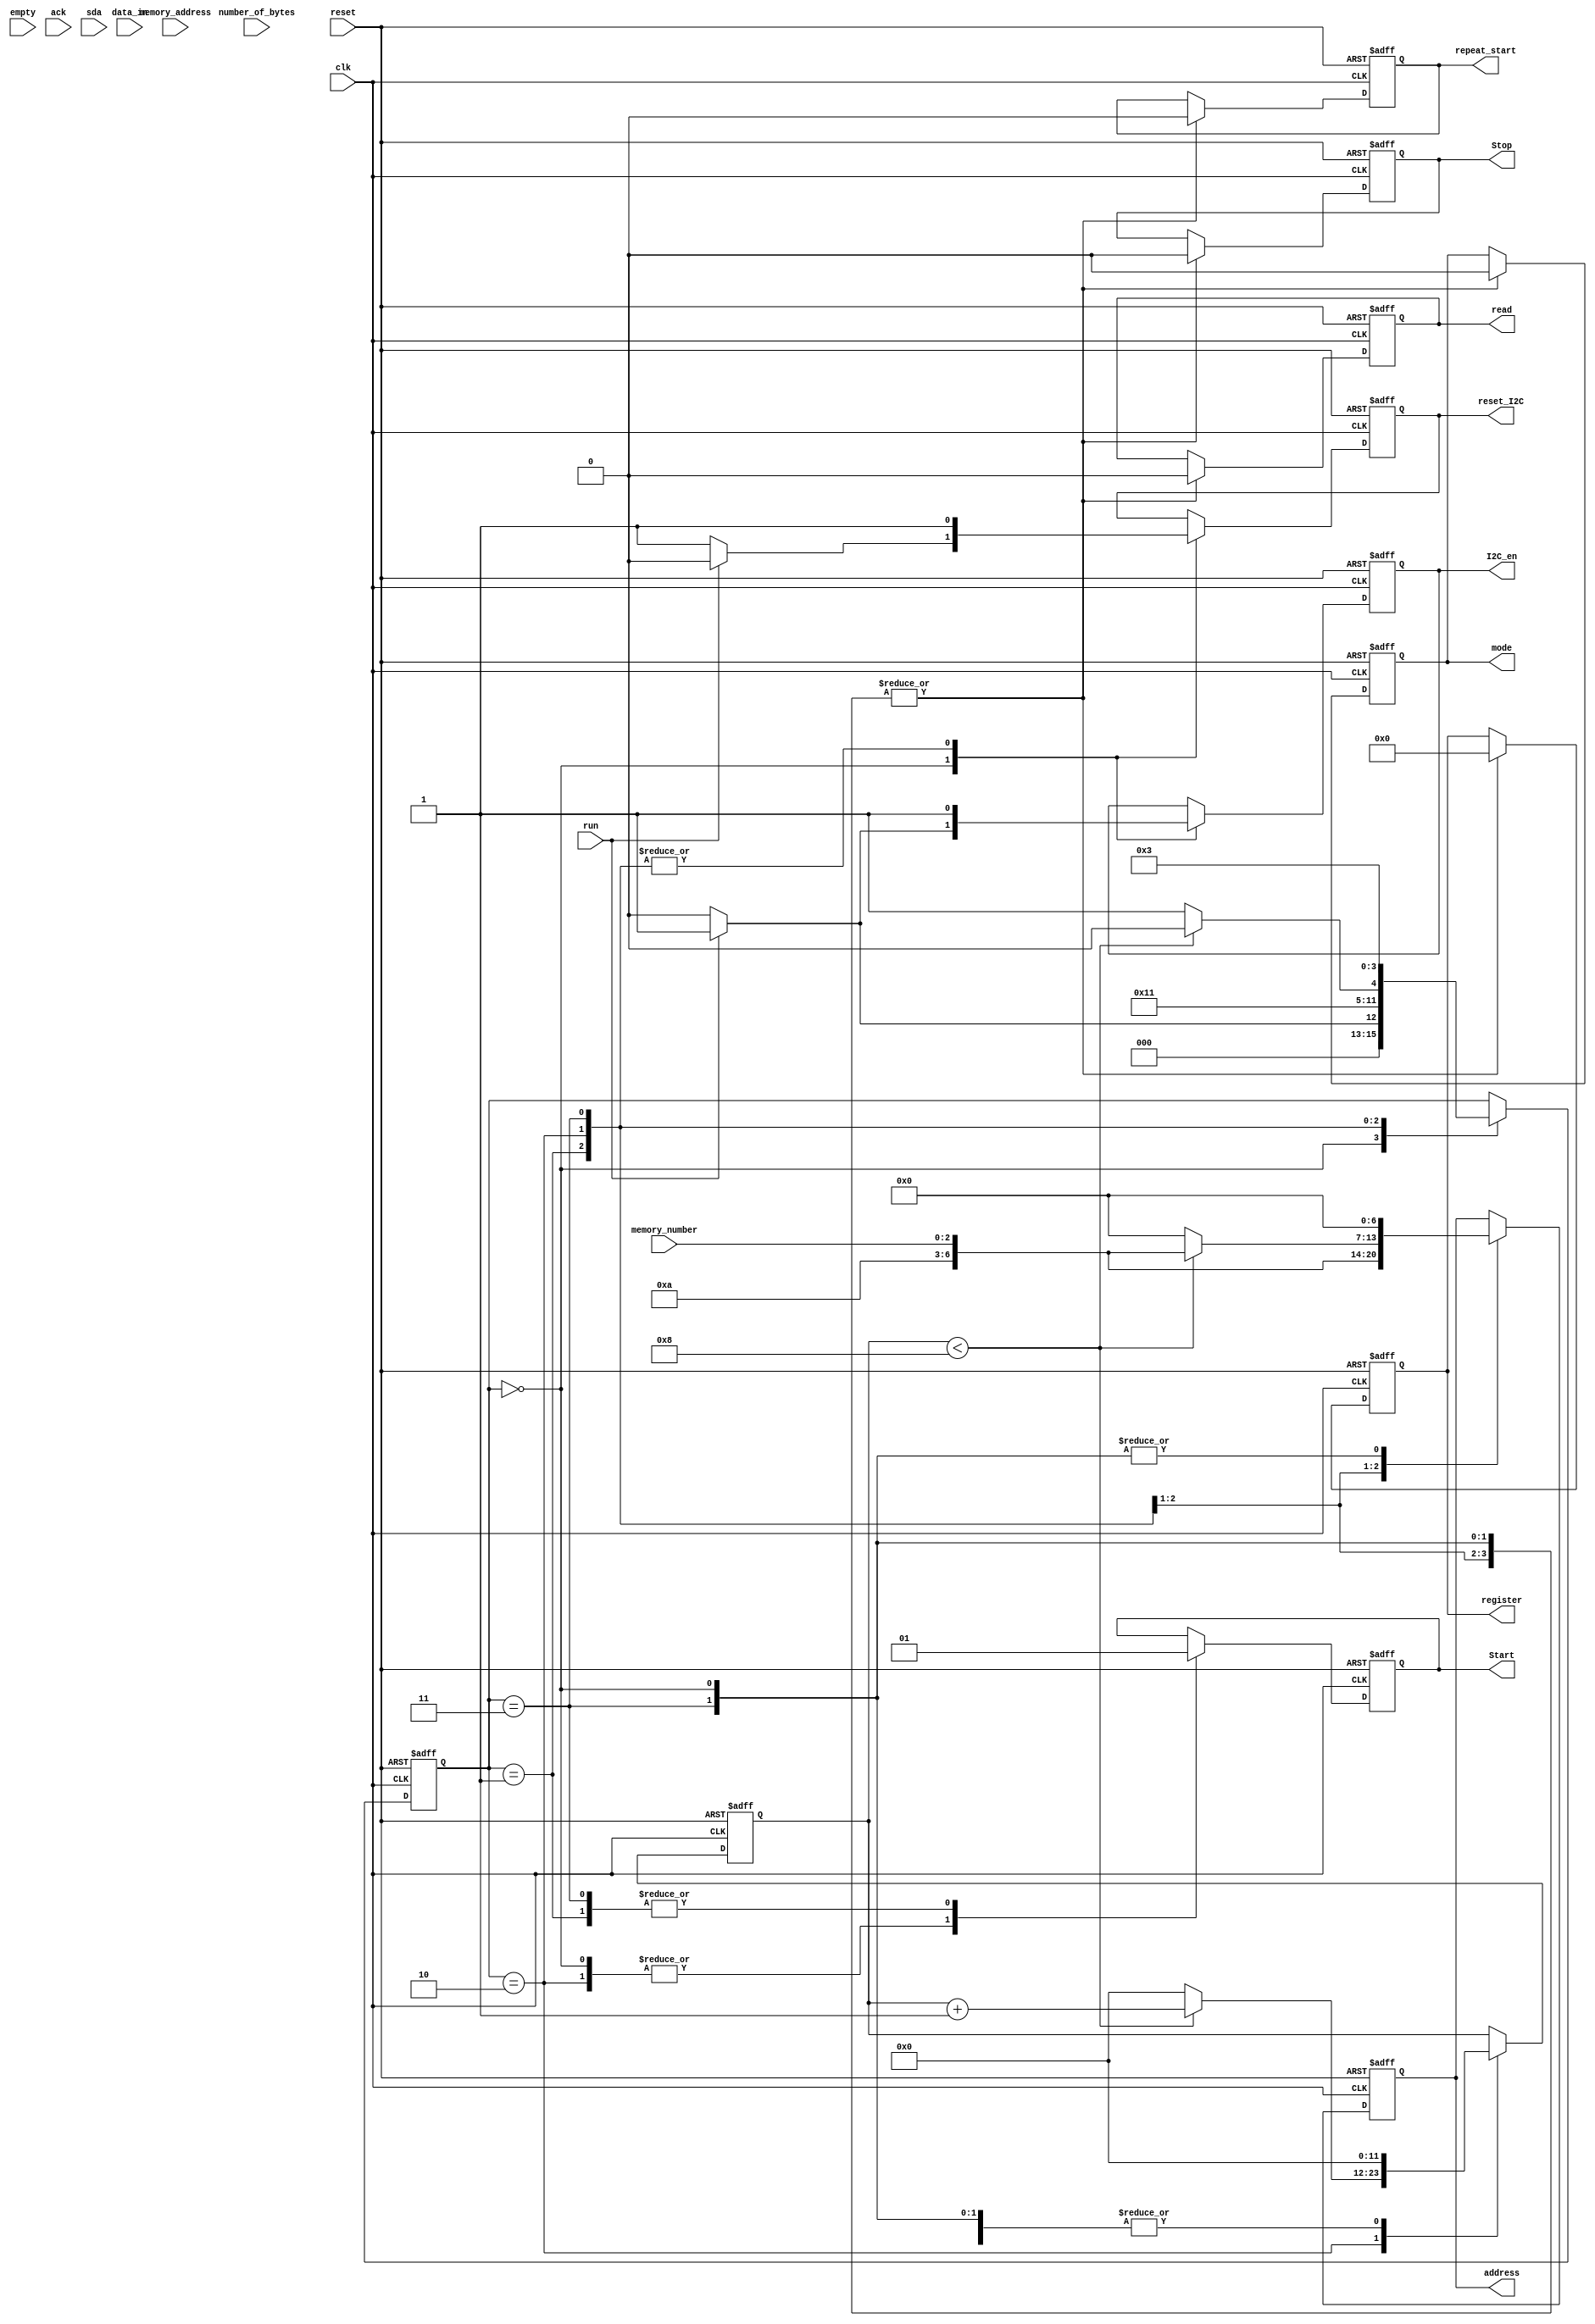
module I2C_write_to_memory(
  input wire clk,
  input wire reset,
  input wire run,
  input wire [11:0] number_of_bytes,
  input wire [14:0] memory_address,
  input wire [7:0] data_in,
  input wire empty,
  input wire ack,
  input wire [2:0] memory_number,
  output reg read,
  output reg [6:0] address,
  output reg [7:0] register,
  output reg mode,
  output reg I2C_en,
  output reg reset_I2C,
  output reg Start,
  output reg Stop,
  output reg repeat_start,
  input wire sda
  );

  reg [3:0] state;
  reg [11:0] counter;


  always@(posedge clk or negedge reset)
    begin
      if( !reset )
        begin
          state <= 0;
          read <= 0;
          address <= 7'b0;
          register <= 8'b0;
          mode <= 0;
          I2C_en <= 0;
          reset_I2C <= 0;
          Start <= 0;
          Stop <= 0;
          repeat_start <= 0;
          counter <= 0;
        end
      else
        begin 
          case( state )
            0:                              // initial state  
              begin
                if( run )                   // if run is not enabled
                  begin
                    state <= 1;
                    read <= 0;
                    address <= 7'b0;
                    register <= 8'b0;
                    mode <= 0;
                    I2C_en <= 1;            // Enable the I2C module
                    reset_I2C <= 0;         // reset the I2C module
                    Start <= 0;
                    Stop <= 0;
                    repeat_start <= 0;
                    counter <= 0;
                end
                else                      
                  begin
                    state <= 0;
                    read <= 0;
                    address <= 7'b0;
                    register <= 8'b0;
                    mode <= 0;
                    I2C_en <= 0;
                    reset_I2C <= 1;
                    Start <= 0;
                    Stop <= 0;
                    repeat_start <= 0;
                    counter <= 0;
                 end
              end
            1: 
              begin
                state <= 2;
                read <= 0;
                address <= {4'b1010, memory_number};  // set memory address;
                register <= 8'b0;
                mode <= 0;
                I2C_en <= 1;
                reset_I2C <= 1;               // Done with I2c reset
                Start <= 1;                   // Start the I2C module 
                Stop <= 0;
                repeat_start <= 0;
                counter <= 0;
              end
             2:
              begin
                if(counter < 8)
                  begin
                    state <= 2;
                    read <= 0;
                    address <= {4'b1010, memory_number};  // set memory address;
                    register <= 8'b0;
                    mode <= 0;
                    I2C_en <= 1;
                    reset_I2C <= 1;               // Done with I2c reset
                    Start <= 0;                   // Start the I2C module 
                    Stop <= 0;
                    repeat_start <= 0;
                    counter <= counter + 1;
                 end
                else
                  begin
                    state <= 3;
                    read <= 0;
                    address <= 0;
                    register <= 8'b0;
                    mode <= 0;
                    I2C_en <= 1;
                    reset_I2C <= 1;               // Done with I2c reset
                    Start <= 0;                   // Start the I2C module 
                    Stop <= 0;
                    repeat_start <= 0;
                    counter <= 0;
                  end
              end
            3:
              begin
                state <= 3;
                read <= 0;
                address <= 8'b0;  // set memory address;
                register <= 8'b0;
                mode <= 0;
                I2C_en <= 1;
                reset_I2C <= 1;               // Done with I2c reset
                Start <= 1;                   // Start the I2C module 
                Stop <= 0;
                repeat_start <= 0;
                counter <= 0;
              end
         endcase
        end
    end

endmodule